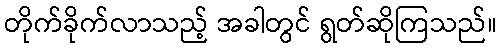
တိုက်ခိုက်လာသည့် အခါတွင် ရွတ်ဆိုကြသည်။